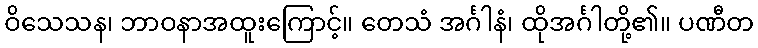
ဝိသေသန၊ ဘာဝနာအထူးကြောင့်။ တေသံ အင်္ဂါနံ၊ ထိုအင်္ဂါတို့၏။ ပဏီတ